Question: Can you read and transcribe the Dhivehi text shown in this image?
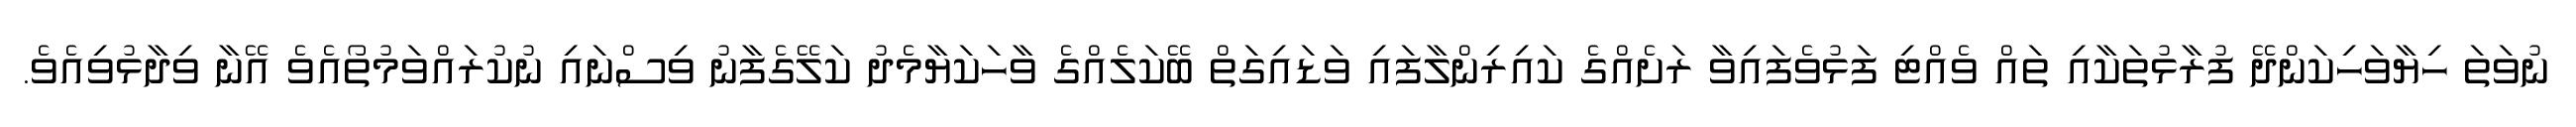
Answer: ނުވަތަ ހިޔާވަހިކަންދޭ ފުރާޅުތަކާއި ތައް ވެއްޓި ފަޅުވެފައިވާ ރަށެއްގެ ކައިރިންލާފައި ވަޑައިގަތް ބޭކަލެއްގެ ވާހަކަޔާމެދު ކަލޭގެފާނު ވިސްނައި ނުކުރައްވަމުތޯއެވެ އޭނާ ވިދާޅުވިއެވެ.